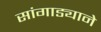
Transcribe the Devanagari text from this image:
सांगाड्याने